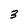
Character: 3